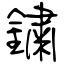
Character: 鏽